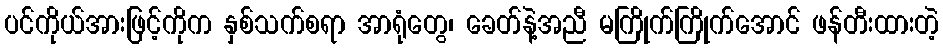
ပင်ကိုယ်အားဖြင့်ကိုက နှစ်သက်စရာ အာရုံတွေ၊ ခေတ်နဲ့အညီ မကြိုက်ကြိုက်အောင် ဖန်တီးထားတဲ့